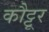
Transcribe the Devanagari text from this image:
कौट्टूर